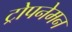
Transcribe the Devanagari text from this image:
ट्रोपनेमन